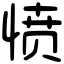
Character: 愤